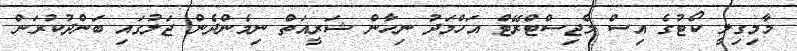
މާމިގިލީ ކޯޓުގެ އިސް މެޖިސްޓްރޭޓް އަހްމަދު ނިހާން ޝަރީއަތް ނިމެންދެން ޖަލުގައި ބަންދުކުރަން